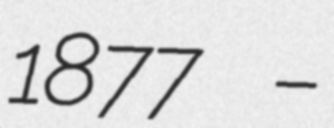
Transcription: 1877 –